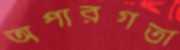
অপারগতা